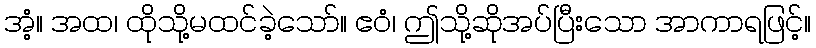
အံ့။ အထ၊ ထိုသို့မထင်ခဲ့သော်။ ဧဝံ၊ ဤသို့ဆိုအပ်ပြီးသော အာကာရဖြင့်။